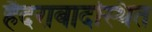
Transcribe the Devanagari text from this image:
हैदराबादस्थित